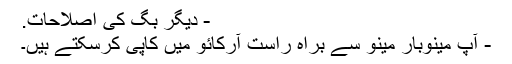
- دیگر بگ کی اصلاحات.
- آپ مینوبار مینو سے براہ راست آرکائو میں کاپی کرسکتے ہیں۔